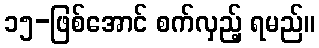
၁၅-ဖြစ်အောင် စက်လှည့် ရမည်။